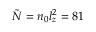
\tilde { N } = n _ { 0 } l _ { z } ^ { 2 } = 8 1